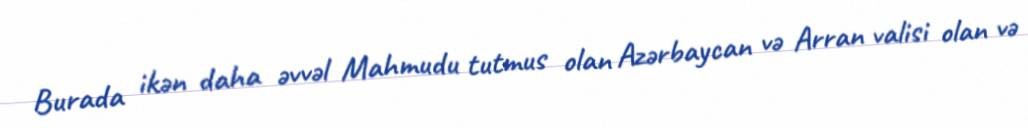
Burada ikən daha əvvəl Mahmudu tutmus olan Azərbaycan və Arran valisi olan və